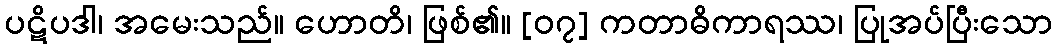
ပဋိပဒါ၊ အမေးသည်။ ဟောတိ၊ ဖြစ်၏။ [၀၇] ကတာဓိကာရဿ၊ ပြုအပ်ပြီးသော